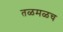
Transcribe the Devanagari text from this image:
तळमळच